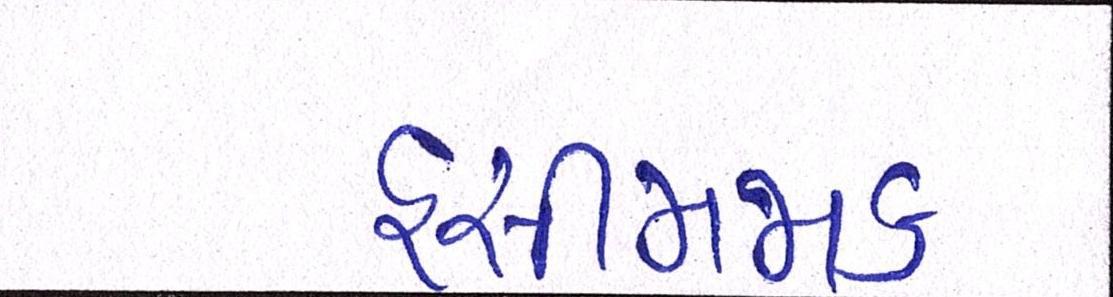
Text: હસીમજાક